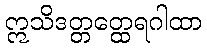
ဣသိဒတ္တတ္ထေရဂါထာ